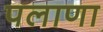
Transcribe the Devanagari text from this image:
पलाणा